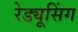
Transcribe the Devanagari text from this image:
रेड्यूसिंग